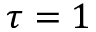
\tau = 1